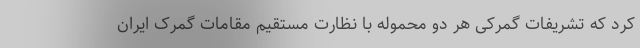
کرد که تشریفات گمرکی هر دو محموله با نظارت مستقیم مقامات گمرک ایران